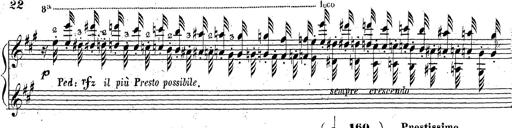
Title: Grande fantaisie sur la tyrolienne de l'opÃ©ra
Composer: Franz Liszt
Key: A major